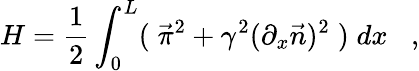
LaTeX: H=\frac{1}{2}\int_{0}^{L}(\; \vec{\pi}^{2}+{\gamma}^{2}(\partial_{x}\vec{n})^{2}\; )\; dx\; \; \; ,